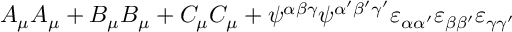
A _ { \mu } A _ { \mu } + B _ { \mu } B _ { \mu } + C _ { \mu } C _ { \mu } + \psi ^ { \alpha \beta \gamma } \psi ^ { \alpha ^ { \prime } \beta ^ { \prime } \gamma ^ { \prime } } \varepsilon _ { \alpha \alpha ^ { \prime } } \varepsilon _ { \beta \beta ^ { \prime } } \varepsilon _ { \gamma \gamma ^ { \prime } }